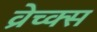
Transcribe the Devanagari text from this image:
व्रेच्क्स